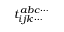
t _ { i j k \cdots } ^ { a b c \cdots }